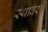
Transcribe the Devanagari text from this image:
स्थावर।